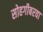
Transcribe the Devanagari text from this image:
सोहगीबरवा